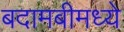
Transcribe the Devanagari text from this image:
बदामबीमध्ये